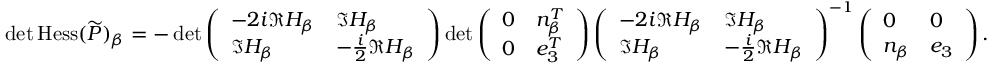
\operatorname* { d e t } \operatorname { H e s s } ( \widetilde { P } ) _ { \beta } = - \operatorname* { d e t } \left( \begin{array} { l l } { - 2 i \Re H _ { \beta } } & { \Im H _ { \beta } } \\ { \Im H _ { \beta } } & { - \frac { i } { 2 } \Re H _ { \beta } } \end{array} \right) \operatorname* { d e t } \left( \begin{array} { l l } { 0 } & { n _ { \beta } ^ { T } } \\ { 0 } & { e _ { 3 } ^ { T } } \end{array} \right) \left( \begin{array} { l l } { - 2 i \Re H _ { \beta } } & { \Im H _ { \beta } } \\ { \Im H _ { \beta } } & { - \frac { i } { 2 } \Re H _ { \beta } } \end{array} \right) ^ { - 1 } \left( \begin{array} { l l } { 0 } & { 0 } \\ { n _ { \beta } } & { e _ { 3 } } \end{array} \right) .